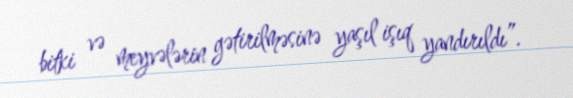
bitki və meyvələrin gətirilməsinə yaşıl işıq yandırıldı”.